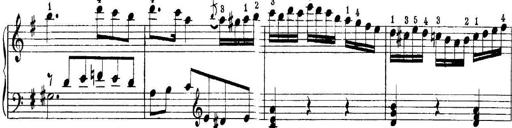
Title: Quatres sonatines
Composer: Tadeusz Joteyko